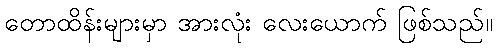
တောထိန်းများမှာ အားလုံး လေးယောက် ဖြစ်သည်။